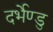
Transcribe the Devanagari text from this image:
दर्भेण्डु